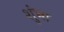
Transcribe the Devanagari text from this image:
शुंभा